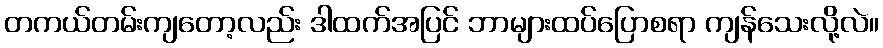
တကယ်တမ်းကျတော့လည်း ဒါထက်အပြင် ဘာများထပ်ပြောစရာ ကျန်သေးလို့လဲ။